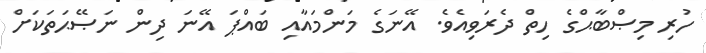
ހުރި މިޞްބާޙްގެ ހިތް ދެރަވިއެވެ. އޭނަގެ މަންމައާއި ބައްޕަ އޭނަ ދިން ނަޞޭޙަތަކަށް